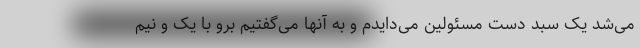
می‌شد یک سبد دست مسئولین می‌دایدم و به آنها می‌گفتیم برو با یک و نیم